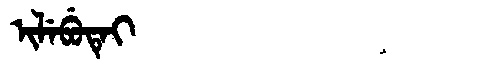
Manchu: ᡳᠯᡝᠪᡠᡨᡝᡳ
Romanization: ILEBUTEI